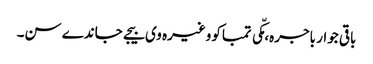
باقی جوار باجرہ، مکّی تمباکو وغیرہ وی بیجے جاندے سن۔